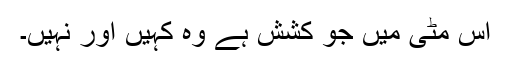
اس مٹی میں جو کشش ہے وہ کہیں اور نہیں۔